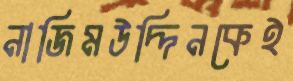
নাজিমউদ্দিনকেই